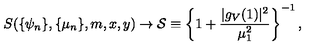
S ( \{ \psi _ { n } \} , \{ \mu _ { n } \} , m , x , y ) \rightarrow { \cal S } \equiv \left\{ 1 + \frac { | g _ { V } ( 1 ) | ^ { 2 } } { \mu _ { 1 } ^ { 2 } } \right\} ^ { - 1 } ,